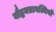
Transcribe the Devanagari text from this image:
बौद्धमतावल्बियों